Annual report on the mental hospital in the Central Provinces and Berar (Nagpur) - 1927-1951
Year: 1927
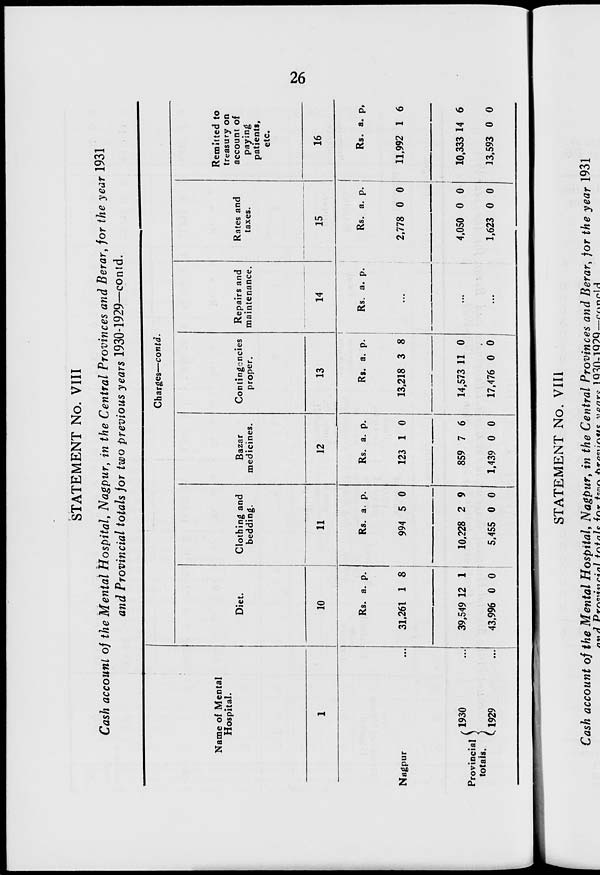
26
STATEMENT No. VIII
Cash account of the Mental Hospital, Nagpur, in the Central Provinces and Berar, for the year 1931
and Provincial totals for two previous years 1930-1929—contd.
Name of Mental
Hospital.
1
Nagpur ...
Provincial
totals.
1930 ...
1929 ...
Charges—contd.
Diet.
10
Rs.
31,261
39,549
43,996
a.
1
12
0
p.
8
1
0
Clothing and
bedding.
11
Rs.
994
10,228
5,455
a.
5
2
0
p.
0
9
0
Bazar
medicines.
12
Rs.
123
859
1,439
a.
1
7
0
p.
0
6
0
Contingencies
proper.
13
Rs.
13,218
14,573
17,476
a.
3
11
0
p.
8
0
0
Repairs and
maintenance.
14
Rs. a. p.
...
...
...
Rates and
taxes.
15
Rs.
2,778
4,050
1,623
a.
0
0
0
p.
0
0
0
Remitted to
treasury on
account of
paying
patients,
etc.
16
Rs.
11,992
10,333
13,593
a.
1
14
0
p.
6
6
0